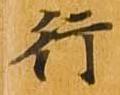
行